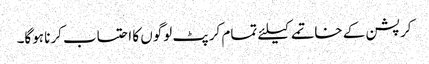
کرپشن کے خاتمے کیلئے تمام کرپٹ لوگوں کا احتساب کرنا ہوگا۔